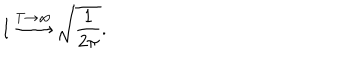
I \stackrel { T \rightarrow \infty } { \longrightarrow } \sqrt { \frac { 1 } { 2 \pi } } .